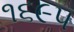
૧૬૯૫